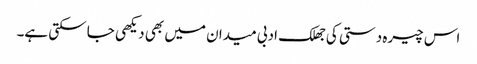
اس چیرہ دستی کی جھلک ادبی میدان میں بھی دیکھی جا سکتی ہے۔